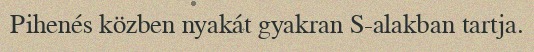
Pihenés közben nyakát gyakran S-alakban tartja.